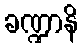
ခဏ္ဍာနိ